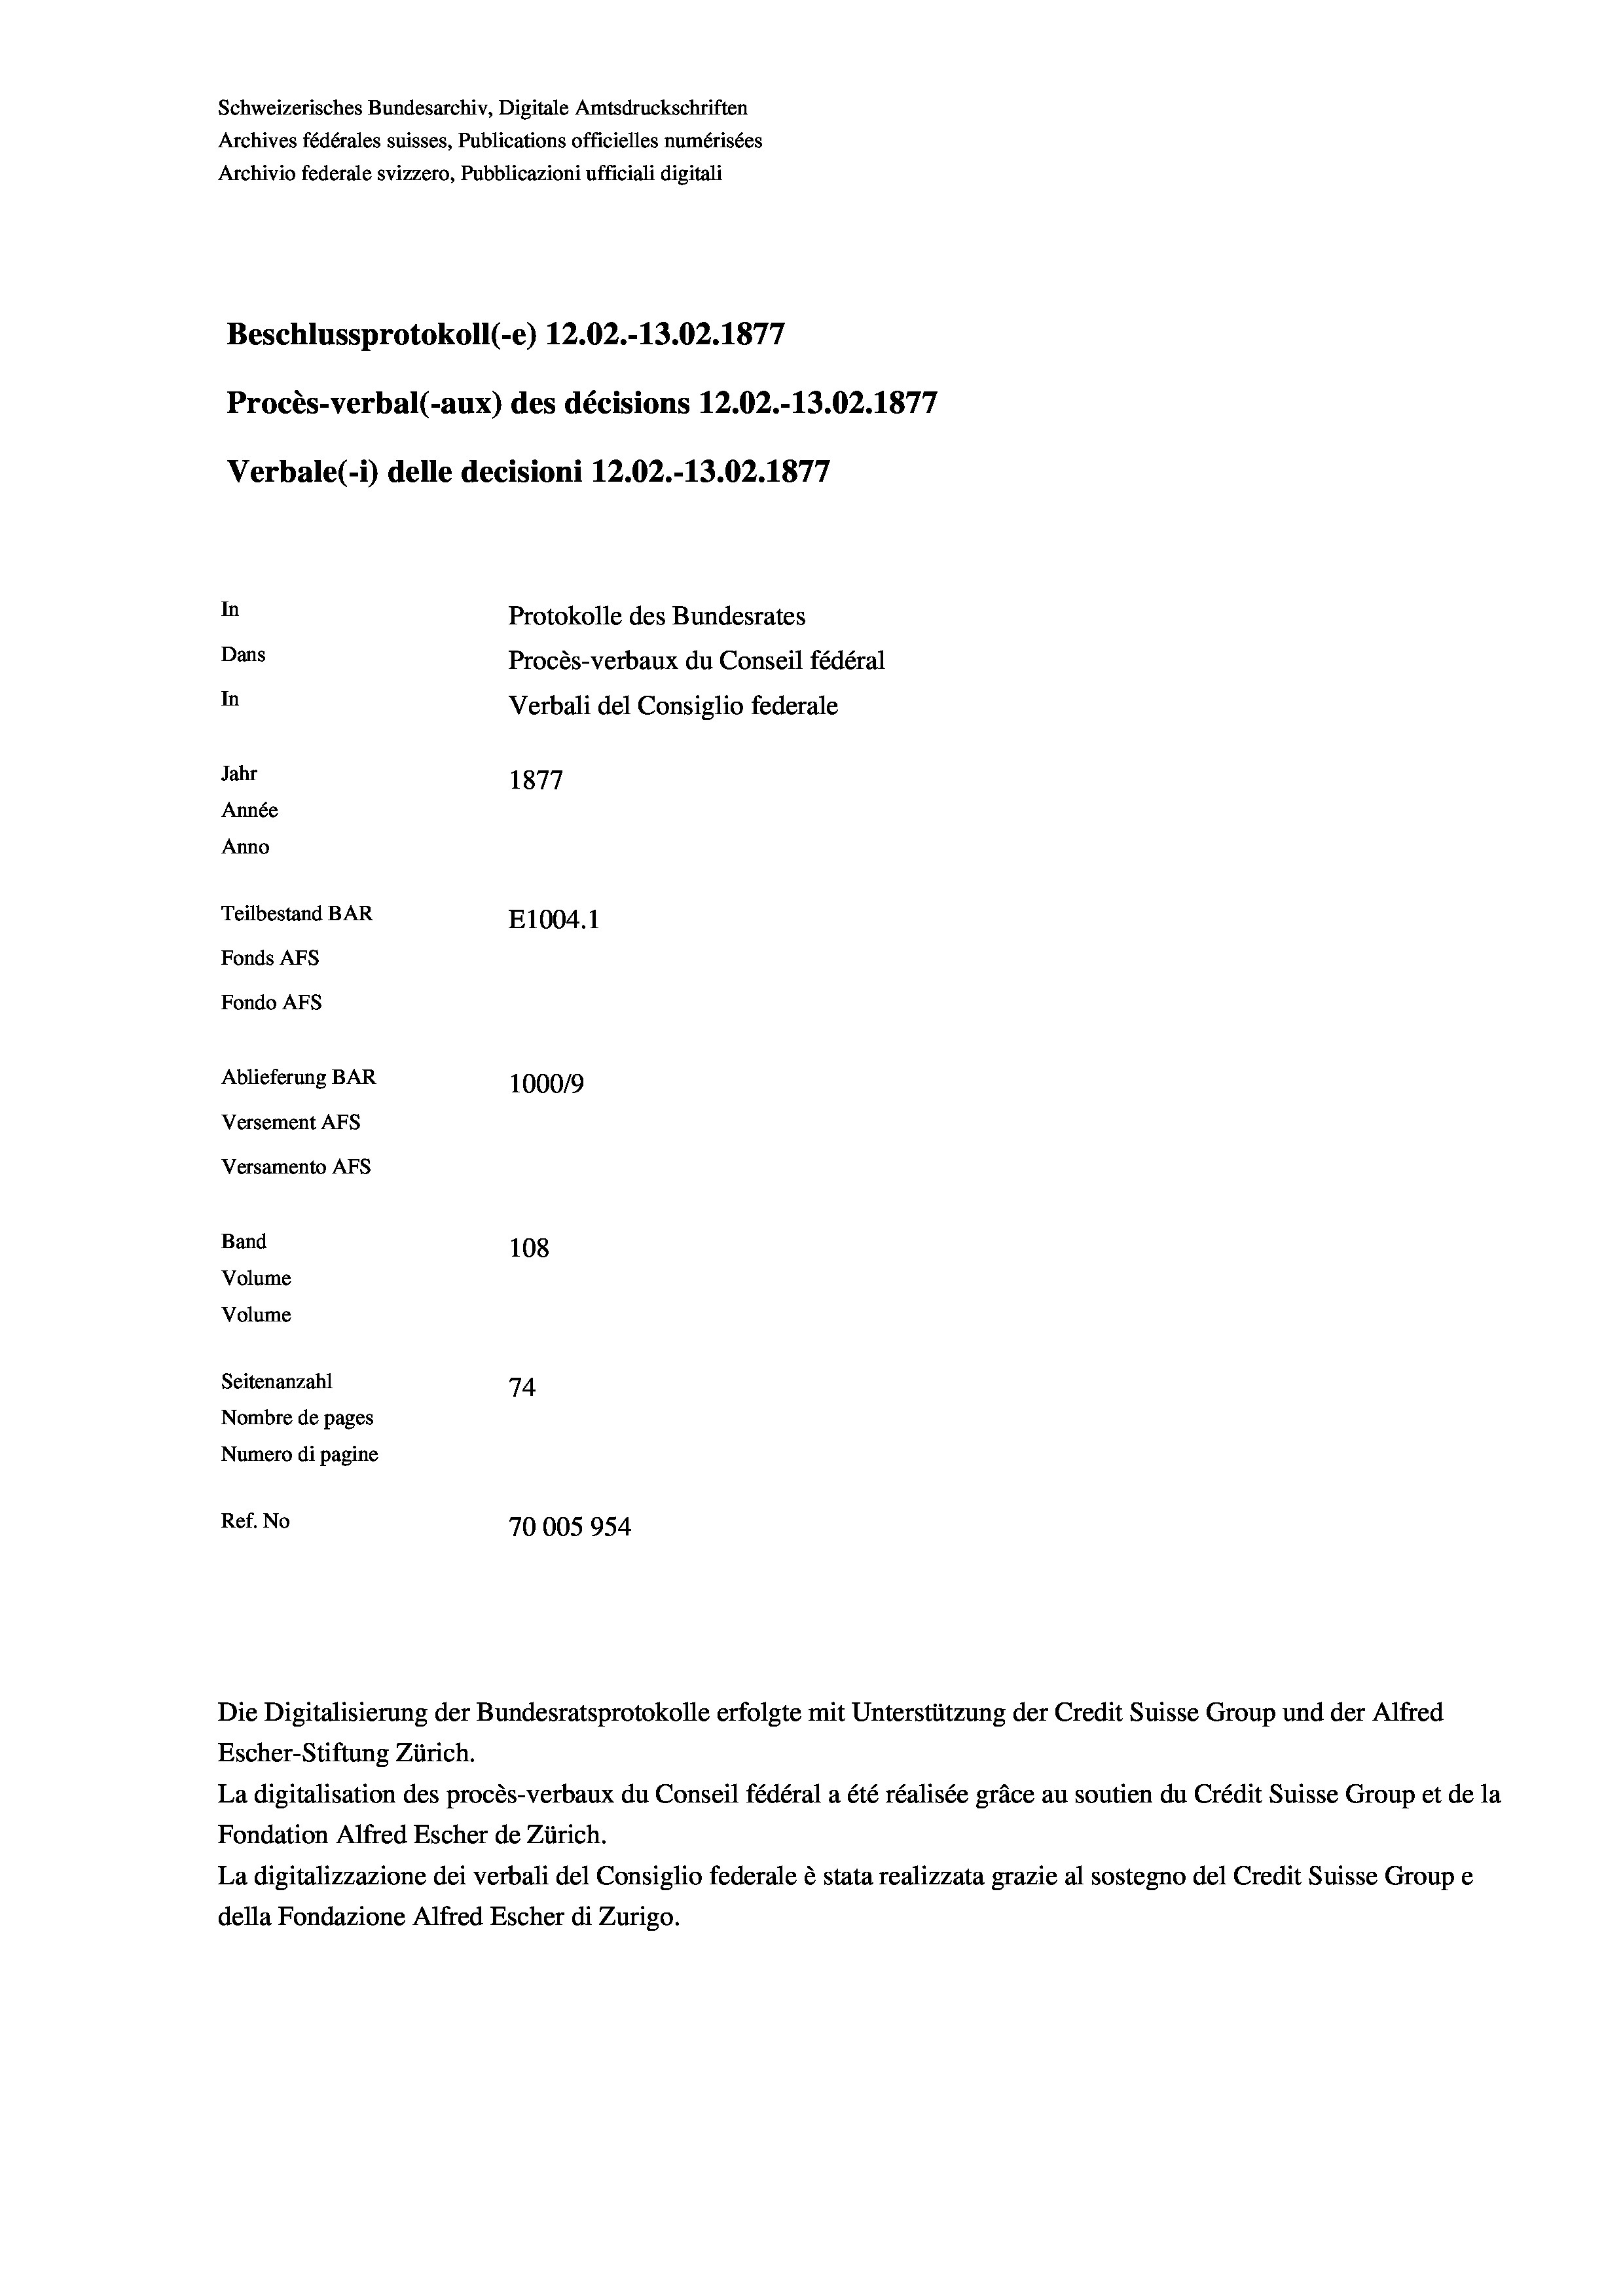
Schweizerisches Bundesarchiv, Digitale Amtsdruckschriften
Archives fédérales suisses, Publications officielles numérisées
Archivio federale svizzero, Pubblicazioni ufficiali digitali
Beschlussprotokoll (-e) 12.02.-13.02. 1877
Procès-verbal (-aux) des décisions 12.02.-13.02. 1877
Verbale(- 1) delle decisioni 12.02.-13.02. 1877
In
Protokolle des Bundesrates
Dans
Procès-verbaux du Conseil fédéral
In
Verbali del Consiglio federale
Jahr
1877
Année
Anno
Teilbestand BAR
E1004.1
Fonds AFs
Fondo AFS
Ablieferung BAR
100019
Versement AFs
Versamento AFs

108
Seitenanzahl
74
Nombre de pages
Numero di pagine
Ref. No
70005954

Band
Volume
Volume

Escher-Stiftung Zürich.
La digitalisation des procès-verbaux du Conseil fédéral a été réalisée gräce au soutien du Crédit Suisse Group et de la
Fondation Alfred Escher de Zürich.
La digitalizzazione dei verbali del Consiglio federale è stata realizzata grazie al sostegno del Credit Suisse Groupe
della Fondazione Alfred Escher di Zurigo.

Die Digitalisierung der Bundesratsprotokolle erfolgte mit Unterstützung der Credit Suisse Group und der Alfred